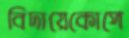
বিদায়েকোপে